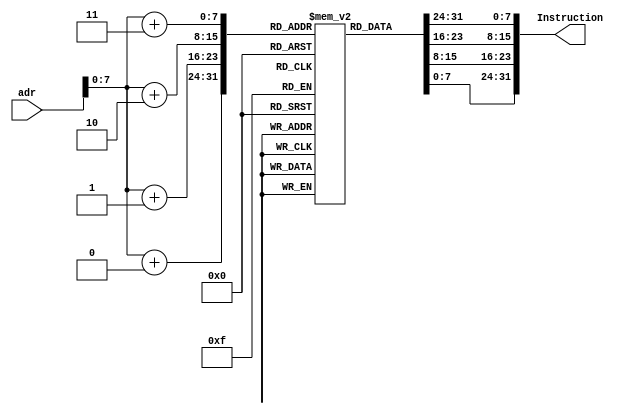
module InstructionMemoryPipeLine  #(parameter size = 256) ( 
  input [63 : 0] adr,
  output [31 : 0] Instruction
  );
  
reg [7 : 0] Memory [0 : size-1];
integer i;
  initial 
  begin
	  	for(i = 0;i < 256; i = i + 1)
			Memory[i] <= 0;

		Memory[0] <= 8'hE5;
		Memory[1] <= 8'h03;
		Memory[2] <= 8'h1F;
		Memory[3] <= 8'h8B;
		

		Memory[16] <= 8'hA4;
		Memory[17] <= 8'h00;
		Memory[18] <= 8'h40;
		Memory[19] <= 8'hF8;
		

		Memory[32] <= 8'h86;
		Memory[33] <= 8'h00;
		Memory[34] <= 8'h04;
		Memory[35] <= 8'h8B;
	

		Memory[48] <= 8'hA6;
		Memory[49] <= 8'h10;
		Memory[50] <= 8'h00;
		Memory[51] <= 8'hF8;
		
  end

  assign Instruction[7 : 0] = Memory[adr + 0]; 
  assign Instruction[15 : 8] = Memory[adr + 1];
  assign Instruction[23 : 16] = Memory[adr + 2];
  assign Instruction[31 : 24] = Memory[adr + 3];

endmodule